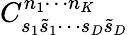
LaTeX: C_{s_{1}\tilde{s}_{1}\cdots s_{D}\tilde{s}_{D}}^{n_{1}\cdots n_{K}}